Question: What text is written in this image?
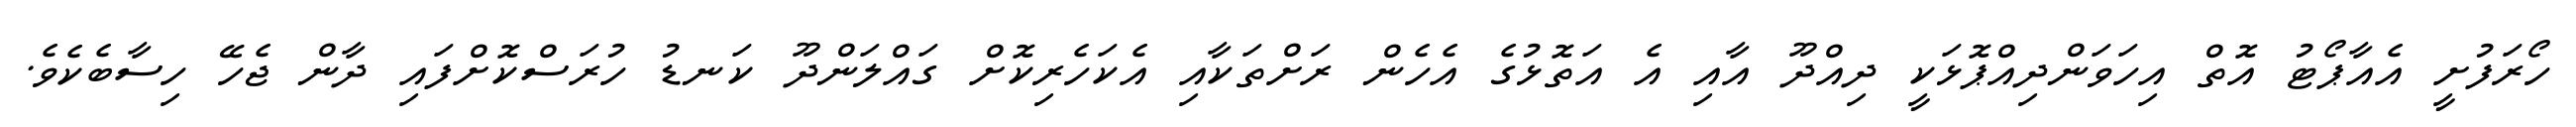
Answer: ހޯރަފުށީ އެއާޕޯޓު އޮތް އިހަވަންދިއްޕޮޅަކީ ދިއްދޫ އާއި އެ އަތޮޅުގެ އެހެން ރަށްތަކާއި އެކަހެރިކޮށް ގައްލަންދޫ ކަނޑު ހުރަސްކޮށްފައި ދާން ޖެހޭ ހިސާބެކެވެ.